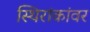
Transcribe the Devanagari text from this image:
स्थिरांकांवर